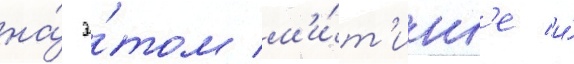
на́ э́том м'и́т'инг'е и́